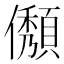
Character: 𠐬